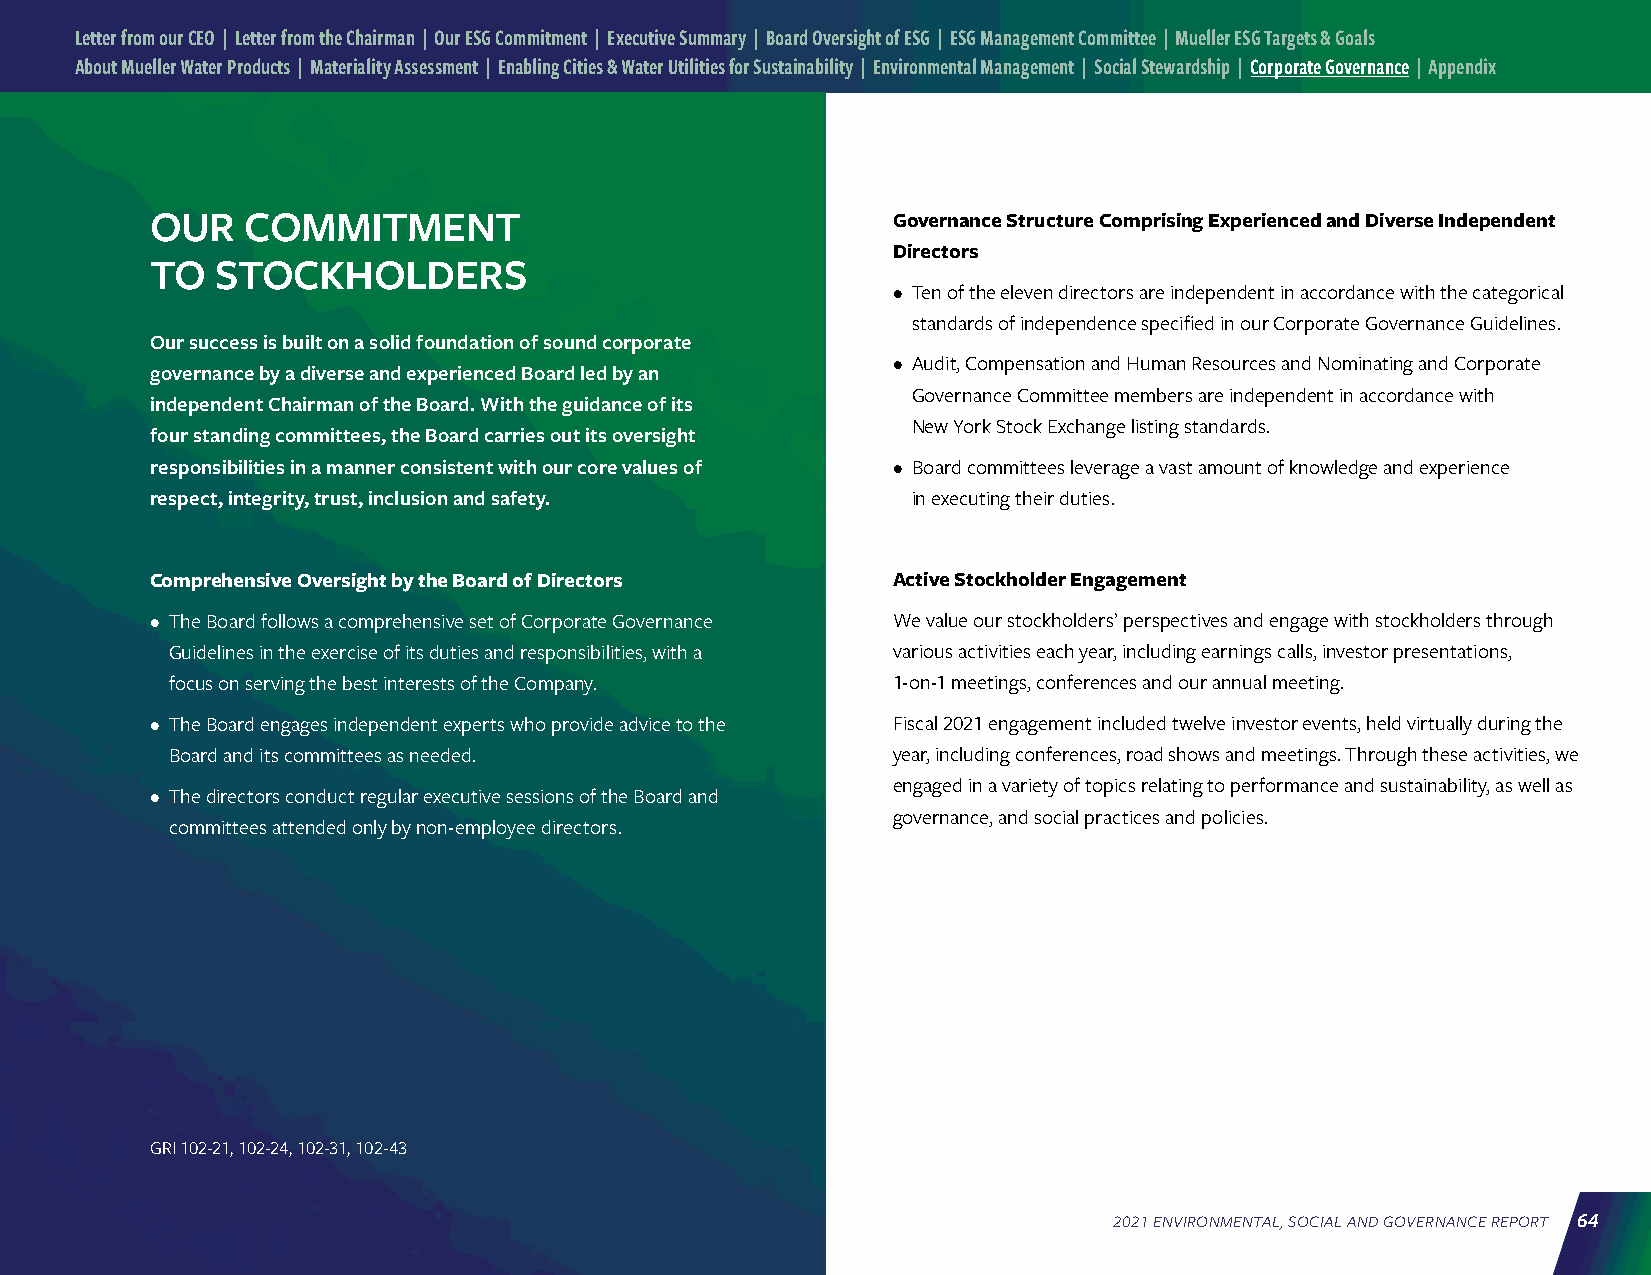
Letter from our CEO | Letter from the Chairman | Our ESG Commitment | Executive Summary | Board Oversight of ESG | ESG Management Committee | Mueller ESG Targets & Goals
 About Mueller Water Products | Materiality Assessment | Enabling Cities & Water Utilities for Sustainability | Environmental Management | Social Stewardship | Corporate Governance | Appendix
 OUR   COMMITMENT                                 Governance Structure Comprising Experienced and Diverse Independent
 Directors
 TO  STOCKHOLDERS
 • Ten of the eleven directors are independent in accordance with the categorical
 standards of independence specified in our Corporate Governance Guidelines.
 Our success is built on a solid foundation of sound corporate
 • Audit, Compensation and Human Resources and Nominating and Corporate
 governance by a diverse and experienced Board led by an
 Governance Committee members are independent in accordance with
 independent Chairman of the Board. With the guidance of its
 New York Stock Exchange listing standards.
 four standing committees, the Board carries out its oversight
 responsibilities in a manner consistent with our core values of • Board committees leverage a vast amount of knowledge and experience
 respect, integrity, trust, inclusion and safety.  in executing their duties.
 Comprehensive Oversight by the Board of Directors Active Stockholder Engagement
 • The Board follows a comprehensive set of Corporate Governance We value our stockholders’ perspectives and engage with stockholders through
 Guidelines in the exercise of its duties and responsibilities, with a various activities each year, including earnings calls, investor presentations,
 focus on serving the best interests of the Company. 1-on-1 meetings, conferences and our annual meeting.
 • The Board engages independent experts who provide advice to the Fiscal 2021 engagement included twelve investor events, held virtually during the
 Board and its committees as needed.             year, including conferences, road shows and meetings. Through these activities, we
 engaged in a variety of topics relating to performance and sustainability, as well as
 • The directors conduct regular executive sessions of the Board and
 governance, and social practices and policies.
 committees attended only by non-employee directors.
 GRI 102-21, 102-24, 102-31, 102-43
 2021 ENVIRONMENTAL, SOCIAL AND GOVERNANCE REPORT 64